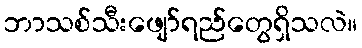
ဘာသစ်သီးဖျော်ရည်တွေရှိသလဲ။